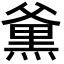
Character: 𮮕